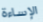
الإساءة